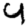
Digit: 4